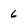
Character: 6